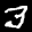
Label: 3